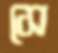
সে